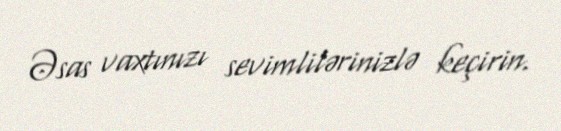
Əsas vaxtınızı sevimlilərinizlə keçirin.